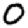
Digit: 0